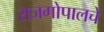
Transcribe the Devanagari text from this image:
राजगोपालचे